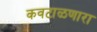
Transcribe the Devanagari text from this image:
कवटाळणारा